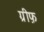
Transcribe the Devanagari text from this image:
ग्रीफ़